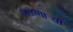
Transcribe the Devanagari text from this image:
पाळणार्‍या